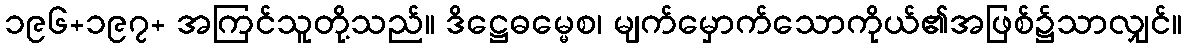
၁၉၆+၁၉၇+ အကြင်သူတို့သည်။ ဒိဋ္ဌေဓမ္မေစ၊ မျက်မှောက်သောကိုယ်၏အဖြစ်၌သာလျှင်။